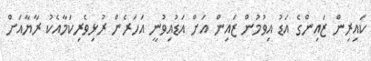
ކައިރިން ޒައިންގެ އަޑު އިވުމުން ޒައިން އަށް އަޑުއިވުނީ އަހަރެން ރުޅިވެރިކަމާއެކު ރާޔާއަށް